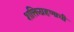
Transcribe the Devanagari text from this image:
शक्तिग्रहणाची